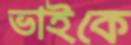
ভাইকে